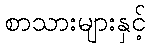
စာသားများနှင့်